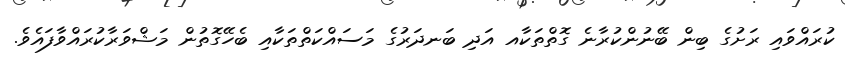
ކުރައްވައި ރަށުގެ ބިން ބޭނުންކުރާނެ ގޮތްތަކާއ އަދި ބަނދަރުގެ މަސައްކަތްތަކާއި ބެހޭގޮތުން މަޝްވަރާކުރައްވާފައެވެ.